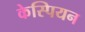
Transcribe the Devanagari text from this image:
केस्पियन